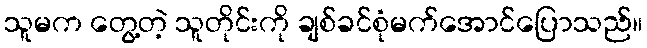
သူမက တွေ့တဲ့ သူတိုင်းကို ချစ်ခင်စုံမက်အောင်ပြောသည်။